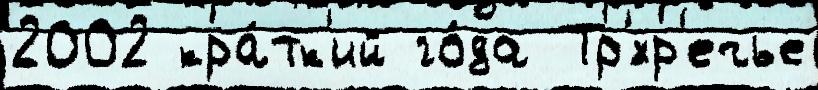
2002 кра́тк'ий го́да Тр'́хр'ечье